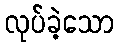
လုပ်ခဲ့သော